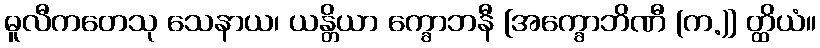
ဓူလီကတေသု သေနာယ၊ ယန္တိယာ က္ခောဘနီ [အက္ခောဘိဏီ (က.)] တ္ထိယံ။